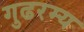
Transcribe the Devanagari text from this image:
गुढरम्य